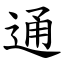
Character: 通